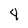
Character: 4